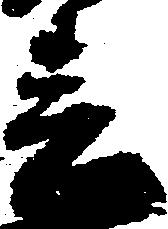
春